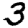
Digit: 3